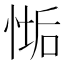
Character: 𢞄